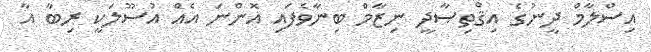
އިސްލާމް ދީނުގެ އިޤްތިޞާދީ ނިޒާމް ބިނާވެފައި އޮންނަ އެއް އުސޫލަކީ ރިބާ އާ